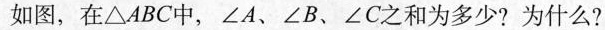
如图，在△ABC中，∠A、∠B、∠C之和为多少?为什么?